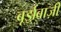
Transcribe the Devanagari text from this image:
बूर्झ़वाज़ी